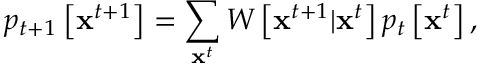
p _ { t + 1 } \left[ { \bf x } ^ { t + 1 } \right] = \sum _ { { \bf x } ^ { t } } W \left[ { \bf x } ^ { t + 1 } | { \bf x } ^ { t } \right] p _ { t } \left[ { \bf x } ^ { t } \right] ,